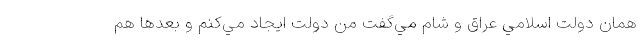
همان دولت اسلامي عراق و شام مي‌گفت من دولت ايجاد مي‌كنم و بعدها هم